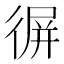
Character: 𢔧